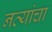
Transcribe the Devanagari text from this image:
नव्यांचा